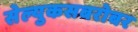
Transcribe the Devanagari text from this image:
सेल्युकसबरोबर